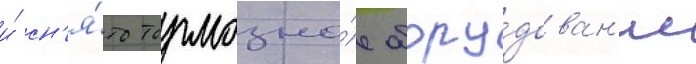
и́ сн'я́то тормозно́е обору́дован'ие